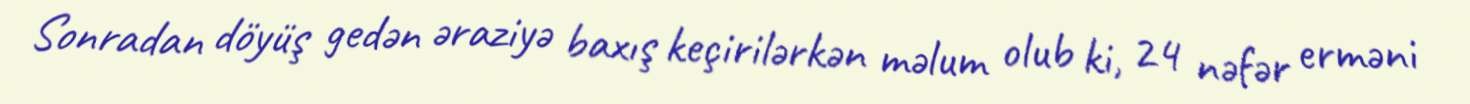
Sonradan döyüş gedən əraziyə baxış keçirilərkən məlum olub ki, 24 nəfər erməni